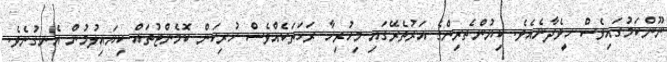
ނޫންކަމުގައިވެސް ހީވެދާނެއެވެ. ކިޔުންތެރިންގެ އަރުތެރޭގައި މިހުރިހާ ރަހަތަކެއްވެސް ހުރިކަން ކޮމެންޓުތައް ކިޔައިލުމުން އެނގުނެވެ.